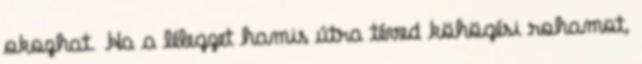
okozhat. Ha a lélegzet hamis útra téved köhögési rohamot,